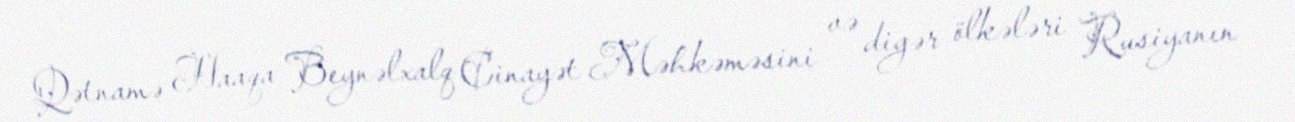
Qətnamə Haaqa Beynəlxalq Cinayət Məhkəməsini və digər ölkələri Rusiyanın